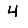
Digit: 4